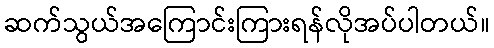
ဆက်သွယ်အကြောင်းကြားရန်လိုအပ်ပါတယ်။